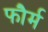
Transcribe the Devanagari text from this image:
फौर्म